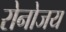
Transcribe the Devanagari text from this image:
रोनोजय